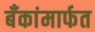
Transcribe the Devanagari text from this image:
बँकांमार्फत